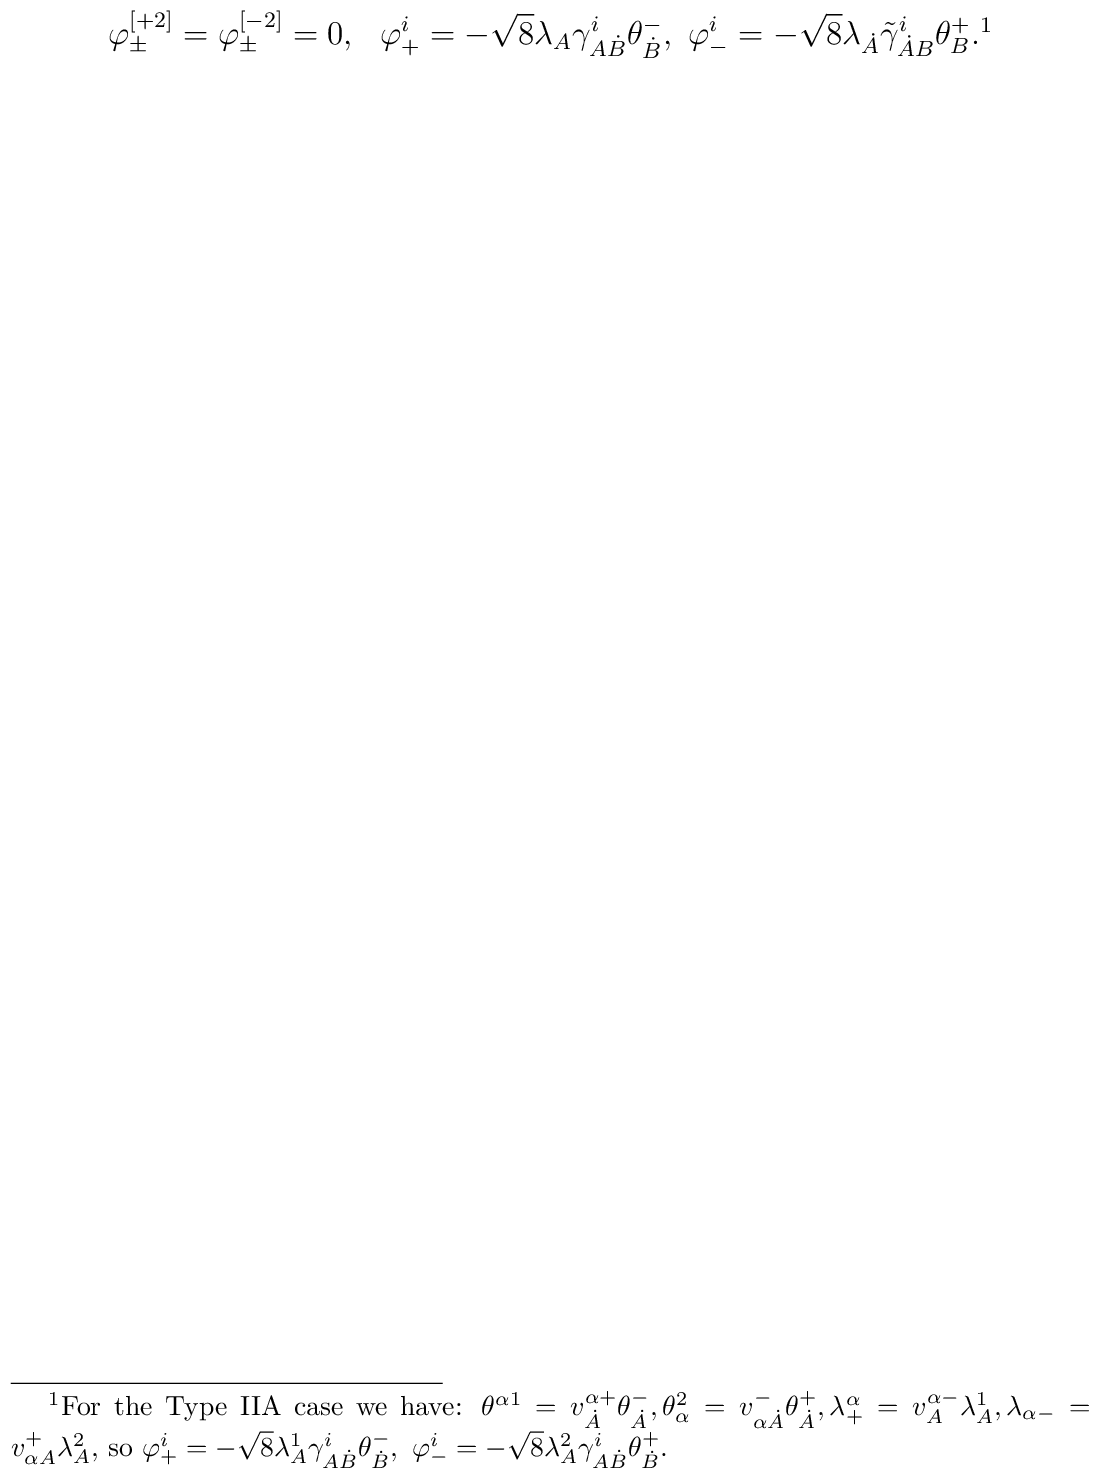
\varphi^{[+2]}_\pm=\varphi^{[-2]}_\pm=0,\ \ \varphi^i_+=-\sqrt{8}\lambda_A\gamma ^i_{A\dot B}\theta^-_{\dot B},\ \varphi^i_-=-\sqrt{8}\lambda_{\dot A}\tilde \gamma ^i_{\dot A B}\theta^+_B.\footnote{ For the Type IIA case we have: $\theta^{\alpha 1}=v^{\alpha +}_{\dot A}\theta^-_{\dot A}, \theta_{\alpha}^2=v^-_{\alpha\dot A}\theta^+_{\dot A}, \lambda^\alpha_+=v^{\alpha -}_A\lambda^1_A, \lambda_{\alpha -}=v^+_{\alpha A}\lambda^2_{A}$, so $\varphi^i_+=-\sqrt{8}\lambda^1_A\gamma ^i_{A\dot B}\theta^-_{\dot B},\ \varphi^i_-=-\sqrt{8}\lambda^2_{A}\gamma^i_{A\dot B}\theta^+_{\dot B}$.}